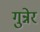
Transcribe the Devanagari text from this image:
गुन्नेर